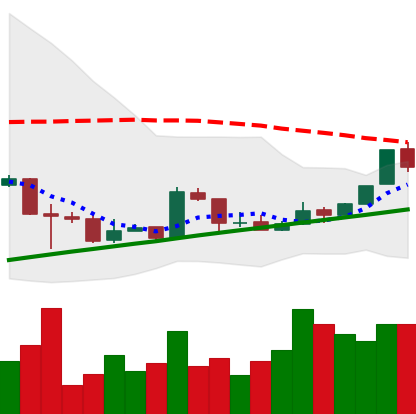
Ticker: BTC-USD
Chart end date: 2016-02-15
Forward return: 9.241%
Label: up_7plus